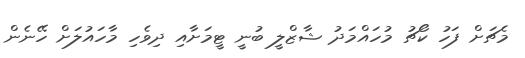
މެޗަށް ފަހު ކޯޗު މުހައްމަދު ޝާޒްލީ ބުނީ ޓީމަށާއި ދިވެހި މާހައުލަށް ހޭނެން